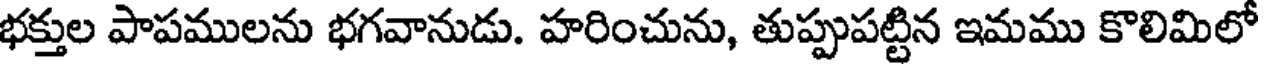
భక్తుల పాపములను భగవానుడు. హరించును, తుప్పుపట్టిన ఇమము కొలిమిలో